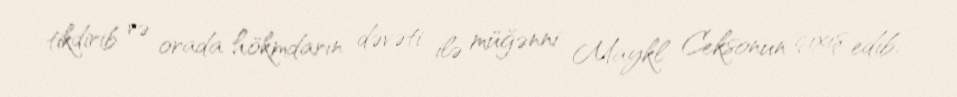
tikdirib və orada hökmdarın dəvəti ilə müğənni Maykl Ceksonun çıxış edib.